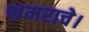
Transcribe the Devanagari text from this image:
भ्रमराचे।